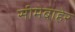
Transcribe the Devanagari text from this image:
सीमेबाहेर